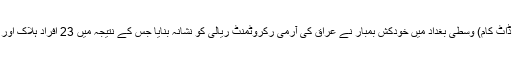
9 جنوری (سیاست ڈاٹ کام) وسطی بغداد میں خودکش بمبار نے عراق کی آرمی رکروٹمنٹ ریالی کو نشانہ بنایا جس کے نتیجہ میں 23 افراد ہلاک اور 30 زخمی ہوگئے۔